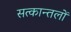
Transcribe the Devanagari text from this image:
सत्कान्तलों